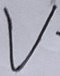
Text: V